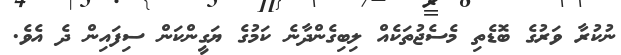
ނުކުރާ ވަރުގެ ބޮޑެތި މެސެޖުތަކެއް ލިބިގެންދާނެ ކަމުގެ ޔަގީންކަން ސިފައިން ދެ އެވެ.